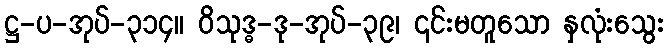
ဋ္ဌ-ပ-အုပ်-၃၁၄။ ဝိသုဒ္ဓ-ဒု-အုပ်-၃၉၊ ၎င်းမတူသော နှလုံးသွေး